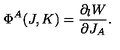
\Phi ^ { A } ( J , K ) = { \frac { \partial _ { l } W } { \partial J _ { A } } } .